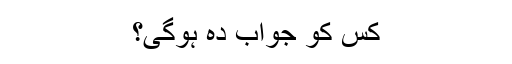
کس کو جواب دہ ہوگی؟